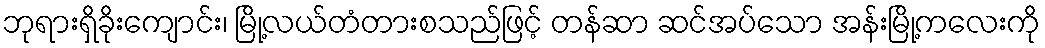
ဘုရားရှိခိုးကျောင်း၊ မြို့လယ်တံတားစသည်ဖြင့် တန်ဆာ ဆင်အပ်သော အန်းမြို့ကလေးကို